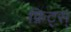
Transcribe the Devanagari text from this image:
फ्रिट्स्